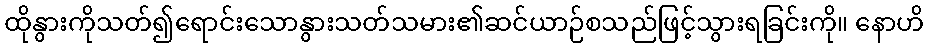
ထိုနွားကိုသတ်၍ရောင်းသောနွားသတ်သမား၏ဆင်ယာဉ်စသည်ဖြင့်သွားရခြင်းကို။ နောဟိ